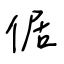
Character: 倨